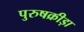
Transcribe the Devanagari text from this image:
पुरुषक्रीड़ा